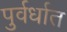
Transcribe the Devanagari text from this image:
पुर्वर्धात